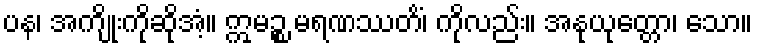
ပန၊ အကျိုးကိုဆိုအံ့။ ဣမဉ္စ မရဏဿတိံ၊ ကိုလည်း။ အနုယုတ္တော၊ သော။